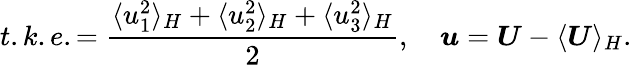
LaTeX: t.k.e.=\frac{\langle u_{1}^{2}\rangle_{H}+\langle u_{2}^{2}\rangle_{H}+\langle u_{3}^{2}\rangle_{H}}{2},\quad\boldsymbol{u}=\boldsymbol{U}-\langle\boldsymbol{U}\rangle_{H}.